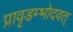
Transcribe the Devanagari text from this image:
प्रावृडम्भोदवत्